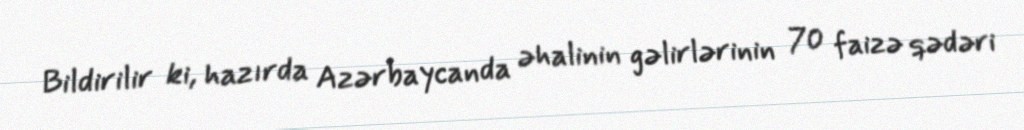
Bildirilir ki, hazırda Azərbaycanda əhalinin gəlirlərinin 70 faizə qədəri